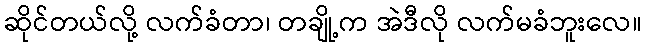
ဆိုင်တယ်လို့ လက်ခံတာ၊ တချို့က အဲဒီလို လက်မခံဘူးလေ။